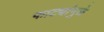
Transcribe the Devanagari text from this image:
फाट्यांमुळे